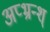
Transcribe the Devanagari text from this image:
अप्भ्रन्श्